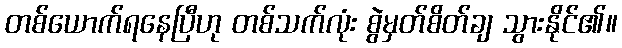
တစ်ယောက်ရနေပြီဟု တစ်သက်လုံး စွဲမှတ်စိတ်ချ သွားနိုင်၏။